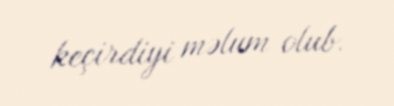
keçirdiyi məlum olub.